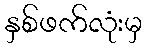
နှစ်ဖက်လုံးမှ